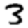
Digit: 3